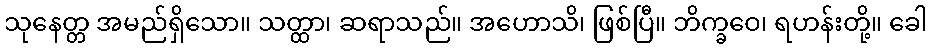
သုနေတ္တ အမည်ရှိသော။ သတ္ထာ၊ ဆရာသည်။ အဟောသိ၊ ဖြစ်ပြီ။ ဘိက္ခဝေ၊ ရဟန်းတို့။ ခေါ